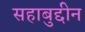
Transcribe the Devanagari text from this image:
सहाबुद्दीन